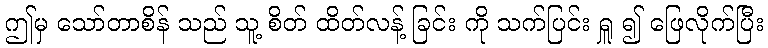
ဤမှ သော်တာစိန် သည် သူ့ စိတ် ထိတ်လန့် ခြင်း ကို သက်ပြင်း ရှူ ၍ ဖြေလိုက်ပြီး